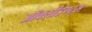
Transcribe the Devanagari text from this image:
ऑक्सीडेण्ट्स